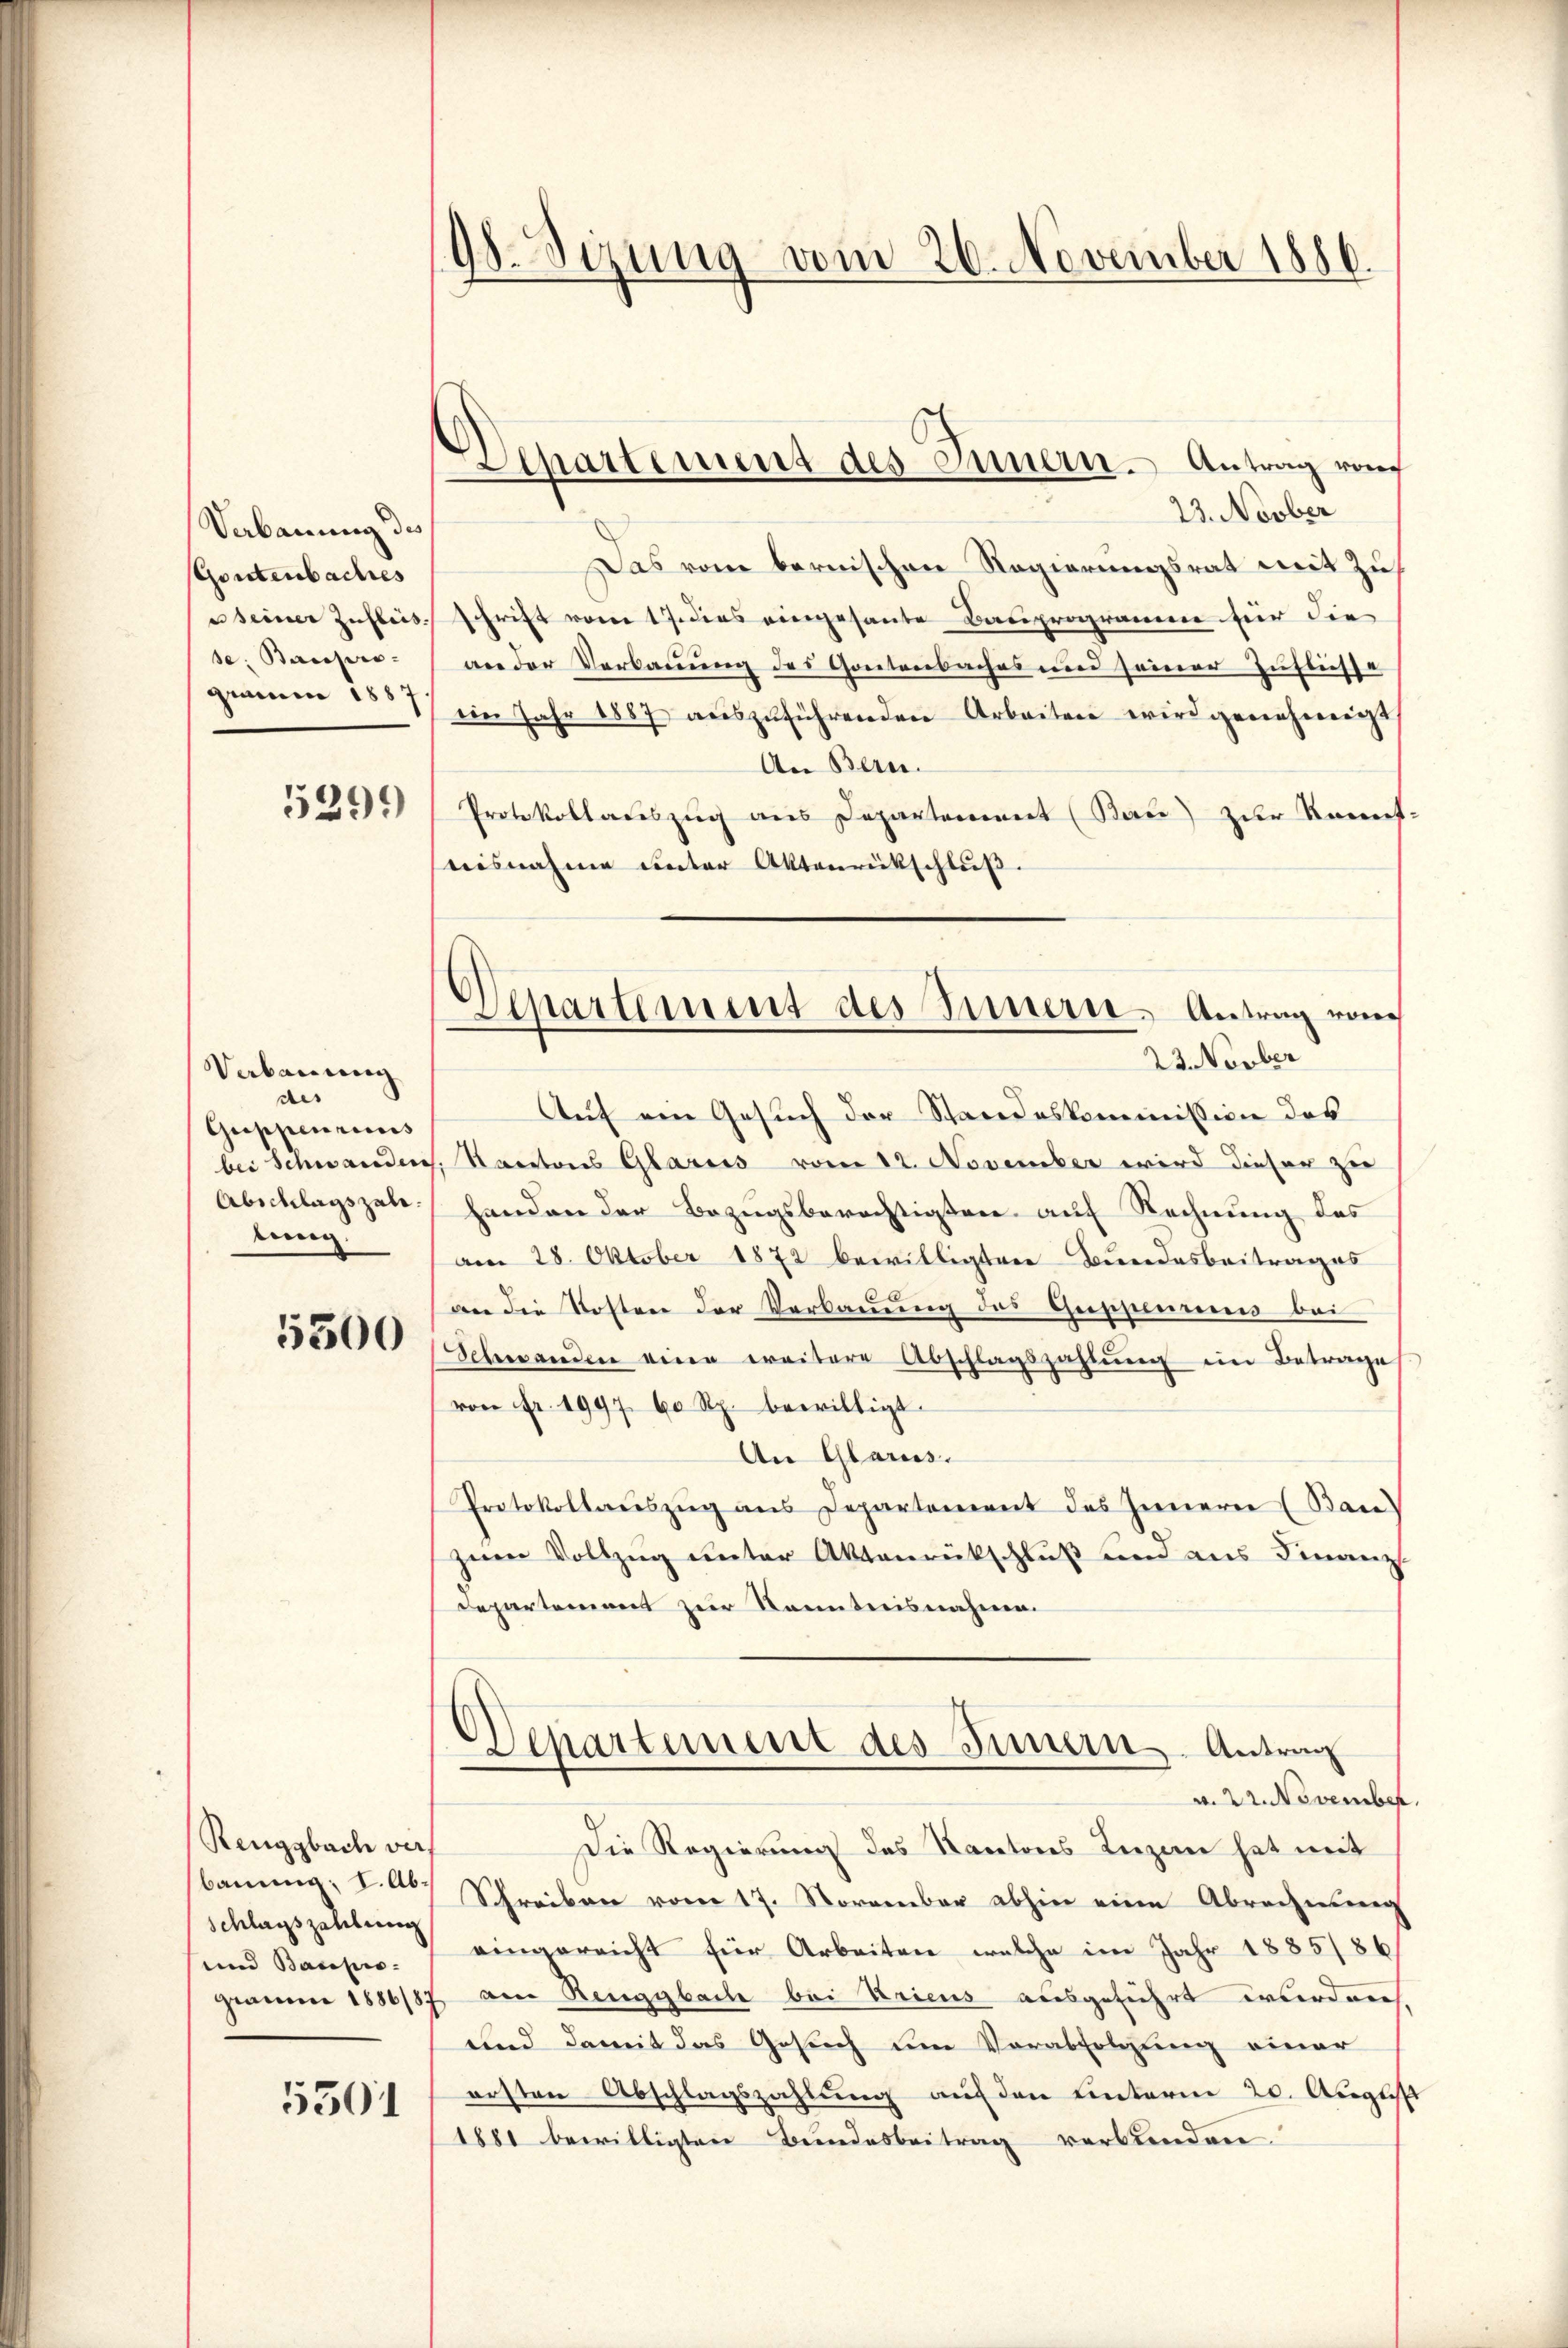
Verbauung des
Gontenbaches
e seiner Zufleis
se: Baupro-
grauere 1887.

5299)

Verbauung
des
Guppenries
bei Schwanden
Abschlagszale.
eung.

5500

Renggbach verbauung; I. Ab¬
Schlagszahlung
und Baupro-

5501

198. Sizung vom 26. November 1886.

d
Separtement des Innern. Antrag von

Departement des Innern Antrag von
23. Novber

23. Novber
Das vom bernischen Regierungsrat mit Zuschrift vom 17. dies eingesante Bauprogramm für die
an der Verbauung des Gontenbaches und seiner Zuflüsse
iin Jahr 1887 aŭszŭführenden Arbeiten wird genehmigt
An Bern.
Protokollauszug aus Departement (Bau) zur Kennt:
nisnahme unter Aktenrückschluß.
Auf ein Gesuch der Standeskommission des
Racetones Glarus vom 12. November wird dieser zu
handen der Bezugsberechtigten auf Rechnung des
am 28. Oktober 1872 bewilligten Bundesbeitrages
an die Kosten der Verbauung des Gescheines bei
Schwanden eine weitere Abschlagszahlung im Betrage
(von Fr. 1997. 60 Rp. bewilligt.
An Glarus.
Protokollaŭszŭg ans Departement des Innern (Ban
zum Vollzug unter Aktenrückschluß und aus Finanz-
Departement zur Kenntnisnahme.
Departement des Innern. Antrag
v. 22. November
Die Regierung des Kantons Luzen hat mit
Schreiben vom 17. November abhin eine Abrechnung
eingereicht für Arbeiten welche im Jahr 1885/86
gramm 1886/87 am Renggbache bei Kricus ausgeführt wurden
und damit das Gesuch um Verabfolgung einer
ersten Abschlagszahlung auf den hinterm 20. August
1881 bewilligten Bundesbeitrag verbunden.